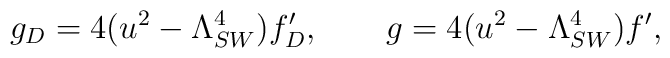
g_D=4(u^2-\Lambda_{SW}^4)f_D',\qquad g=4(u^2-\Lambda_{SW}^4)f',